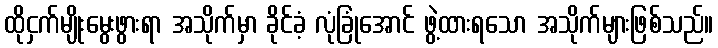
ထိုငှက်မျိုးမွေးဖွားရာ အသိုက်မှာ ခိုင်ခံ့ လုံခြုံအောင် ဖွဲ့ထားရသော အသိုက်များဖြစ်သည်။